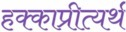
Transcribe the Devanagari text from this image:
हक्काप्रीत्यर्थ